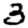
Digit: 3